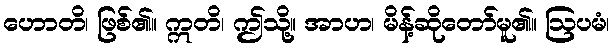
ဟောတိ၊ ဖြစ်၏။ ဣတိ၊ ဤသို့။ အာဟ၊ မိန့်ဆိုတော်မူ၏။ ဩပမံ၊